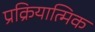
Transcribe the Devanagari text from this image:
प्रक्रियात्मिक